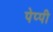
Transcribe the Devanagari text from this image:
पेप्पी